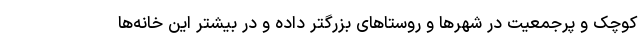
کوچک و پرجمعیت در شهرها و روستاهای بزرگتر داده و در بیشتر این خانه‌ها